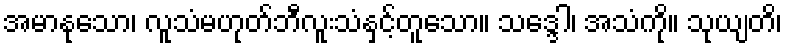
အမာနုသော၊ လူသံမဟုတ်ဘီလူးသံနှင့်တူသော။ သဒ္ဒေါ၊ အသံကို။ သုယျတိ၊